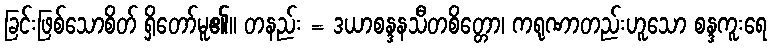
ခြင်းဖြစ်သောစိတ် ရှိတော်မူ၏။ တနည်း = ဒယာစန္ဒနသီတစိတ္တော၊ ကရုဏာတည်းဟူသော စန္ဒကူးရေ